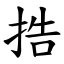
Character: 捁